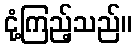
ငုံ့ကြည့်သည်။